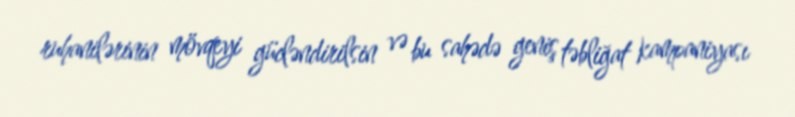
ruhanilərinin mövqeyi gücləndirilsin və bu sahədə geniş təbliğat kampaniyası